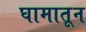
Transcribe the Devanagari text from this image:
घामातून